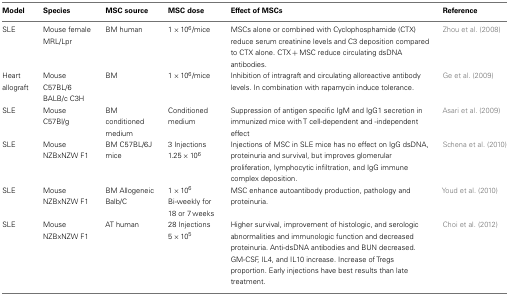
| Model | Species | MSC source | MSC dose | Effect of MSCs | Reference |
 | --- | --- | --- | --- | --- | --- |
 | SLE | Mouse female MRL/Lpr | BM human | 1 × 106/mice | MSCs alone or combined with Cyclophosphamide (CTX) reduce serum creatinine levels and C3 deposition compared to CTX alone. CTX + MSC reduce circulating dsDNA antibodies. | Zhou et al. (2008) |
 | Heart allograft | Mouse C57BL/6 BALB/c C3H | BM | 1 × 106/mice | Inhibition of intragraft and circulating alloreactive antibody levels. In combination with rapamycin induce tolerance. | Ge et al. (2009) |
 | SLE | Mouse C57Bl/g | BM conditioned medium | Conditioned medium | Suppression of antigen specific IgM and IgG1 secretion in immunized mice with T cell-dependent and -independent effect | Asari et al. (2009) |
 | SLE | Mouse NZBxNZW F1 | BM C57BL/6J mice | 3 Injections 1.25 × 106 | Injections of MSC in SLE mice has no effect on IgG dsDNA, proteinuria and survival, but improves glomerular proliferation, lymphocytic infiltration, and IgG immune complex deposition. | Schena et al. (2010) |
 | SLE | Mouse NZBxNZW F1 | BM Allogeneic Balb/C | 1 × 106 Bi-weekly for 18 or 7 weeks | MSC enhance autoantibody production, pathology and proteinuria. | Youd et al. (2010) |
 | SLE | Mouse NZBxNZW F1 | AT human | 28 Injections 5 × 105 | Higher survival, improvement of histologic, and serologic abnormalities and immunologic function and decreased proteinuria. Anti-dsDNA antibodies and BUN decreased. GM-CSF, IL4, and IL10 increase. Increase of Tregs proportion. Early injections have best results than late treatment. | Choi et al. (2012) |